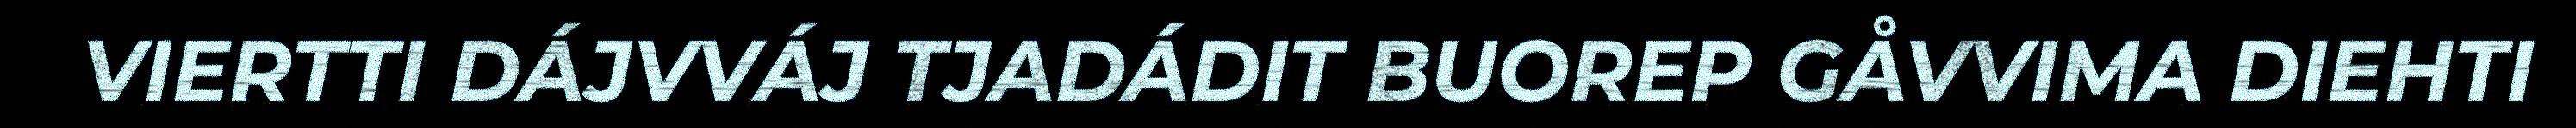
VIERTTI DÁJVVÁJ TJADÁDIT BUOREP GÅVVIMA DIEHTI